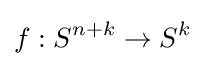
f:S^{n+k}\to S^{k}